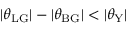
| \theta _ { \mathrm { L G } } | - | \theta _ { \mathrm { B G } } | < | \theta _ { \mathrm { Y } } |